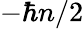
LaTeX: -\hbar n/2